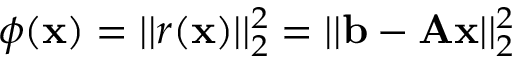
\phi ( \mathbf { x } ) = | | r ( \mathbf { x } ) | | _ { 2 } ^ { 2 } = | | \mathbf { b } - \mathbf { A x } | | _ { 2 } ^ { 2 }